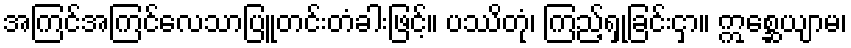
အကြင်အကြင်လေသာပြူတင်းတံခါးဖြင့်။ ပဿိတုံ၊ ကြည့်ရှုခြင်းငှာ။ ဣစ္ဆေယျာမ၊